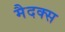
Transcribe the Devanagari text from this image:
मैदक्स